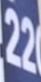
22